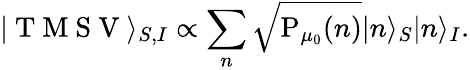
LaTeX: \vert\mathrm{~T~M~S~V~}\rangle_{S,I}\propto\sum_{n}\sqrt{\mathrm{P}_{\mu_{0}}(n)}\vert n\rangle_{S}\vert n\rangle_{I}.